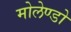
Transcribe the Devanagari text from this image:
मोलेण्डो